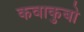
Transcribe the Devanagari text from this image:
कवाकुबो